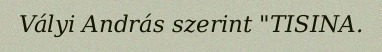
Vályi András szerint "TISINA.